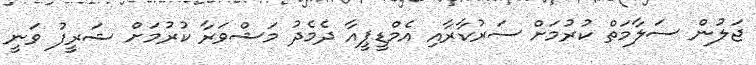
ޖަލުން ސަލާމަތް ކުރުމަށް ސަރުކާރާއި އެމްޑީޕީއާ ދެމެދު މަޝްވަރާ ކުރުމަށް ޝަރީފު ވަނީ